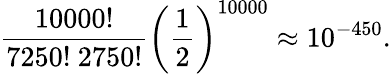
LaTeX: \frac{10000!}{7250!\ 2750!}\left(\frac{1}{2}\right)^{10000}\approx 10^{-450}.